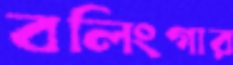
বলিংগার